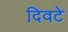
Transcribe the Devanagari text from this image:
दिवटे